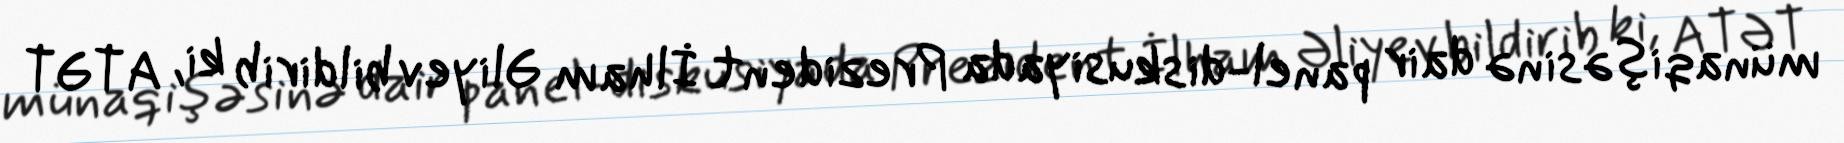
münaqişəsinə dair panel-diskusiyada Prezident İlham Əliyev bildirib ki, ATƏT